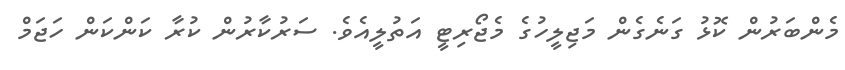
މެންބަރުން ކޮޅު ގަނެގެން މަޖިލީހުގެ މެޖޯރިޓީ އަތުލީއެވެ. ސަރުކާރުން ކުރާ ކަންކަން ހަޖަމް